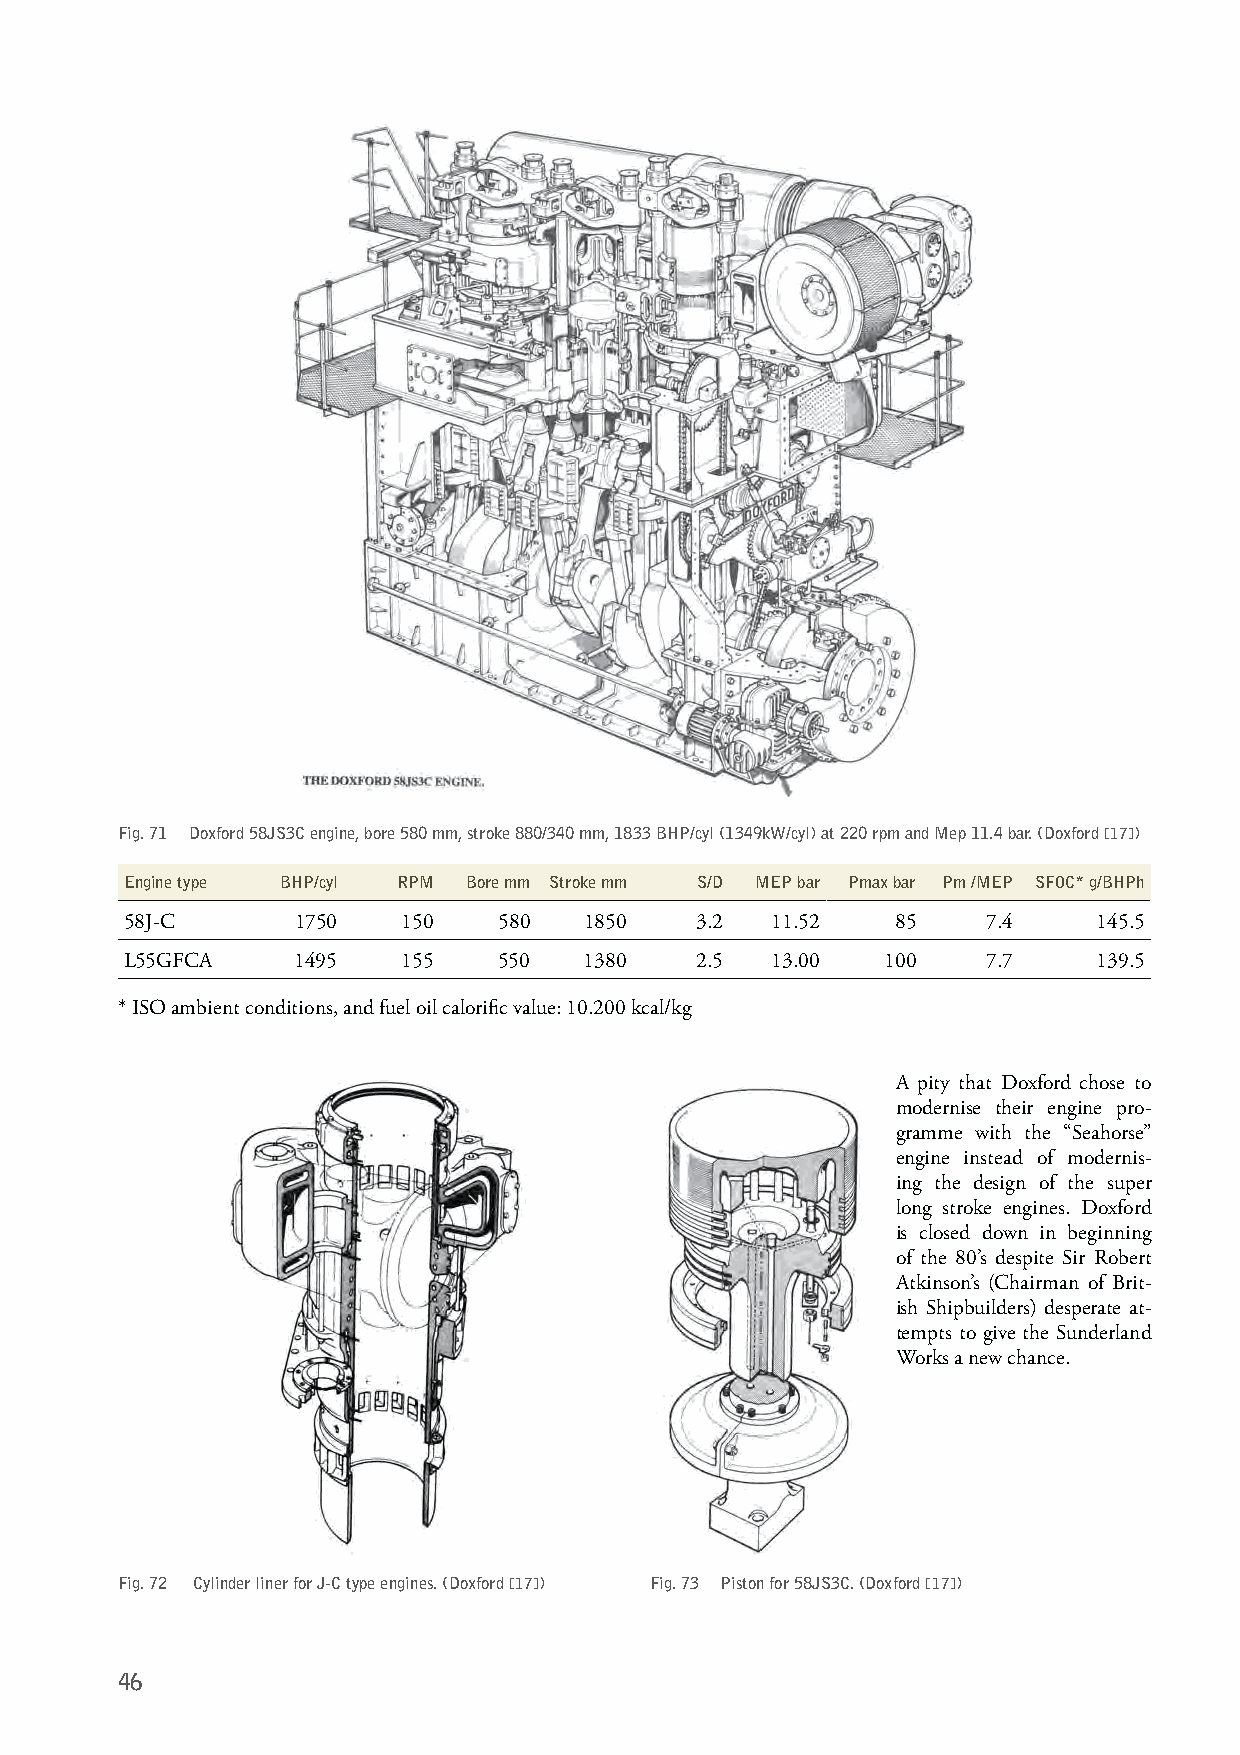
Fig. 71 Doxford 58JS3C engine, bore 580 mm, stroke 880/340 mm, 1833 BHP/cyl (1349kW/cyl) at 220 rpm and Mep 11.4 bar. (Doxford [17])
 Engine type BHP/cyl RPM Bore mm Stroke mm S/D MEP bar Pmax bar Pm /MEP SFOC* g/BHPh
 58J-C       1750   150   580   1850   3.2  11.52   85    7.4     145.5
 L55GFCA     1495   155   550   1380   2.5  13.00   100   7.7     139.5
 * ISO ambient conditions, and fuel oil calorific value: 10.200 kcal/kg
 A pity that Doxford chose to
 modernise their engine pro-
 gramme with the “Seahorse”
 engine instead of modernis-
 ing the design of the super
 long stroke engines. Doxford
 is closed down in beginning
 of the 80’s despite Sir Robert
 Atkinson’s (Chairman of Brit-
 ish Shipbuilders) desperate at-
 tempts to give the Sunderland
 Works a new chance.
 Fig. 72 Cylinder liner for J-C type engines. (Doxford [17]) Fig. 73 Piston for 58JS3C. (Doxford [17])
 46